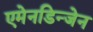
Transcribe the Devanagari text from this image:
एमेनडिन्जेन